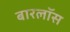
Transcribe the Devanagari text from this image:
बारलॉस